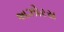
અઝોરસ